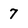
Character: 7